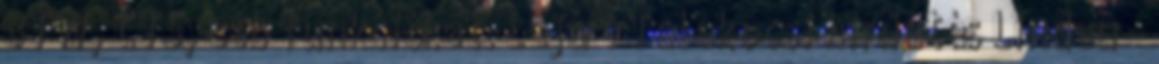
BTW, CTS, stb funkciókat. Lejárt Telekocsi hirdetés Lindau -